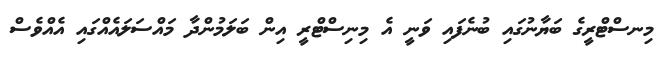
މިނސްޓްރީގެ ބަޔާނުގައި ބުނެފައި ވަނީ އެ މިނިސްޓްރީ އިން ބަލަމުންދާ މައްސަލައެއްގައި އެއްވެސް